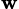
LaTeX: _{\mathbf{w}}